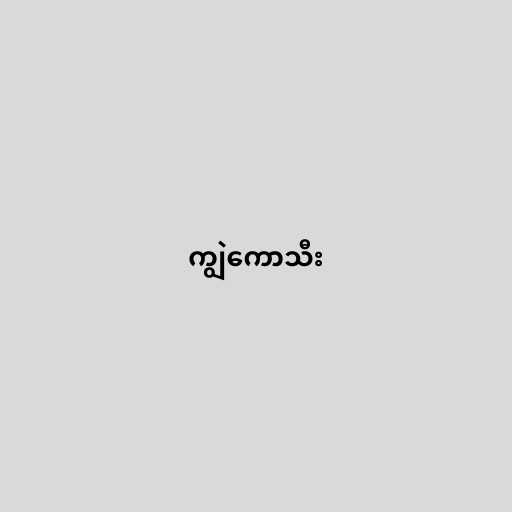
ကျွဲကောသီး